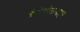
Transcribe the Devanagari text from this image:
कैटेकोलामाइन